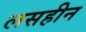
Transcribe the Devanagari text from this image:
लसहीन